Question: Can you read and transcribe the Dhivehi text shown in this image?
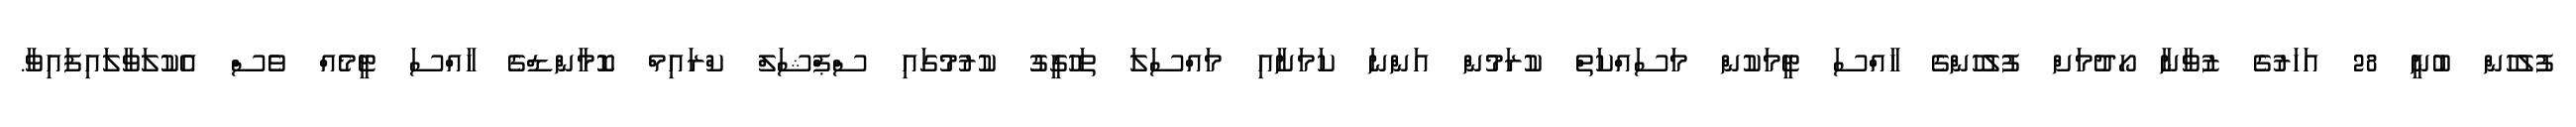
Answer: ފުލުހުން ބުނީ 28 އަހަރުގެ ޒުވާނާ ހޯދުމަށް ފުލުހުންގެ ހާއްސަ ޓީމަކުން މަސައްކަތް ކުރަމުން އަންނަ ކަމަށާއި މައްސަލަ ތަހުގީގު ކުރުމުގައި ސްޕްޝަލް ކްރައިމް ކޮމާންޑްގެ ހާއްސަ ޓީމެއް ވެސް އެކުލަވާލައިފައިވާ.